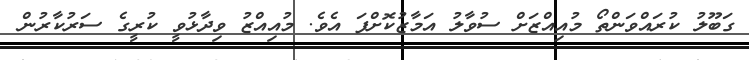
ގަބޫލު ކުރައްވަންތޯ މުއިއްޒަށް ސުވާލު އަމާޒުކޮށްފަ އެވެ. މުއިއްޒު ވިދާޅުވީ ކުރީގެ ސަރުކާރުން